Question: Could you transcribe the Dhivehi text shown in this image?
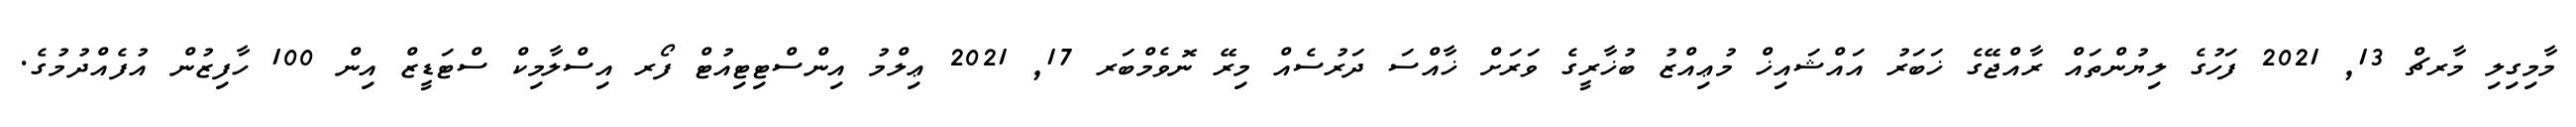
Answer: މާމިގިލި މާރޗް 13, 2021 ފަހުގެ ލިޔުންތައް ރާއްޖޭގެ ޚަބަރު އައްޝައިޚް މުޢިއްޒު ބުޚާރީގެ ވަރަށް ޚާއްސަ ދަރުސެއް މިރޭ ނޮވެމްބަރ 17, 2021 ޢިލްމު އިންސްޓިޓިއުޓް ފޯރ އިސްލާމިކް ސްޓަޑީޒް އިން 100 ހާފިޒުން އުފެއްދުމުގެ.